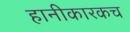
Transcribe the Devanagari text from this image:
हानीकारकच